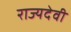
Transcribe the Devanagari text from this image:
राज्यदेवी